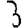
Digit: 3